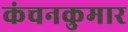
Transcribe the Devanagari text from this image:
कंचनकुमार